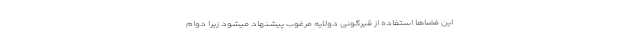
این فضاها استفاده از قیرگونی دولایه مرغوب پیشنهاد میشود زیرا دوام